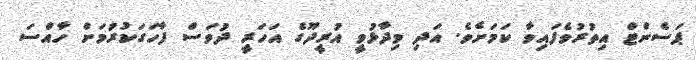
ޕަސެންޓް އިތުރުވެފައިވާ ކަމަށެވެ. އަދި ވިދާޅުވީ އުރީދޫގެ އަހަރީ ދުވަސް ފާހަގަކުރުމަށް ހާއްސަ